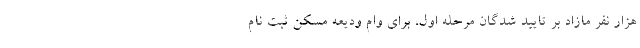
هزار نفر مازاد بر تایید شدگان مرحله اول، برای وام ودیعه مسکن ثبت نام